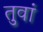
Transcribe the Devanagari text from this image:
तुवां